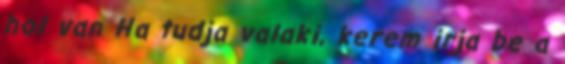
hol van Ha tudja valaki, kerem irja be a